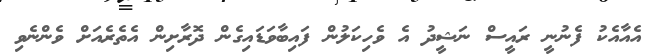
އެއާއެކު ފެނުނީ ރައީސް ނަޝީދު އެ ވެހިކަލުން ފައިބާވަޑައިގެން ދޮރާށިން އެތެރެއަށް ވެންނެވި